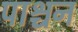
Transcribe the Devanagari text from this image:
पाश्चन